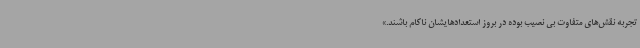
تجربه نقش‌های متفاوت بی نصیب بوده در بروز استعدادهایشان ناکام باشند.»